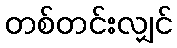
တစ်တင်းလျှင်